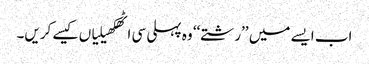
اب ایسے میں ’’رشتے‘‘ وہ پہلی سی اٹھکھیلیاں کیسے کریں۔